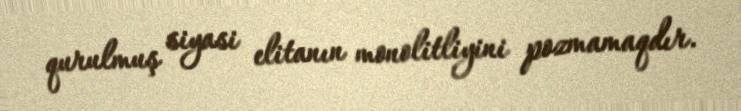
qurulmuş siyasi elitanın monolitliyini pozmamaqdır.